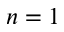
n = 1